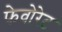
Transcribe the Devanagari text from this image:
फेवोरेट